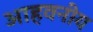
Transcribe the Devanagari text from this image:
आहवनीय